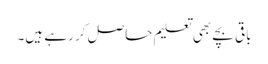
باقی بچے بھی تعلیم حاصل کر رہے ہیں۔